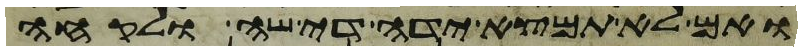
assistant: ואם לא תמצא ידה די שה ולקחה